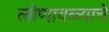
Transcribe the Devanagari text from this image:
लोणावळ्याचे